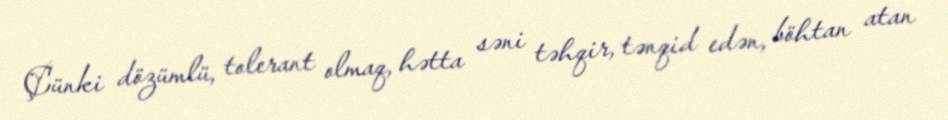
Çünki dözümlü, tolerant olmaq, hətta səni təhqir, tənqid edən, böhtan atan